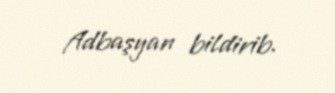
Adbaşyan bildirib.